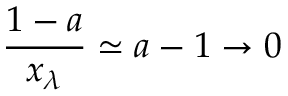
\frac { 1 - a } { x _ { \lambda } } \simeq a - 1 \rightarrow 0